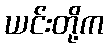
ယင်းတို့က